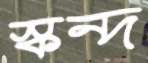
স্কন্দ